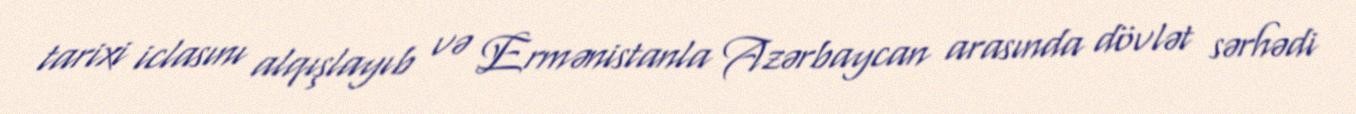
tarixi iclasını alqışlayıb və Ermənistanla Azərbaycan arasında dövlət sərhədi